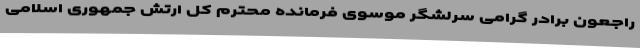
راجعون برادر گرامی سرلشگر موسوی فرمانده محترم کل ارتش جمهوری اسلامی